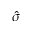
\hat { \sigma }